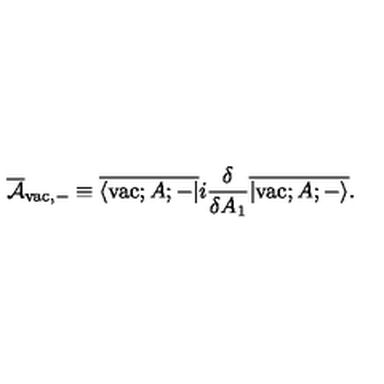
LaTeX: \overline { { \cal A } } _ { \mathrm { v a c } , - } \equiv \overline { { \langle \mathrm { v a c } ; A ; - | } } i \frac { \delta } { \delta A _ { 1 } } \overline { { | \mathrm { v a c } ; A ; - \rangle } } .